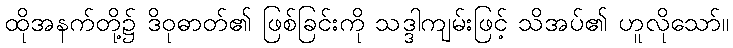
ထိုအနက်တို့၌ ဒိဝုဓာတ်၏ ဖြစ်ခြင်းကို သဒ္ဒါကျမ်းဖြင့် သိအပ်၏ ဟူလိုသော်။